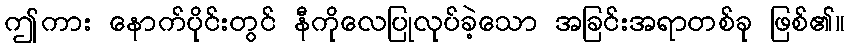
ဤကား နောက်ပိုင်းတွင် နီကိုလေပြုလုပ်ခဲ့သော အခြင်းအရာတစ်ခု ဖြစ်၏။